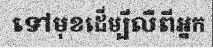
ទៅមុខដើម្បីលឺពីអ្នក